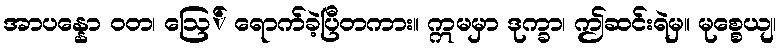
အာပန္နော ဝတ၊ ဩေ် ရောက်ခဲ့ပြီတကား။ ဣမမှာ ဒုက္ခာ၊ ဤဆင်းရဲမှ။ မုစ္စေယျ၊